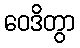
ဝေဒိတွာ